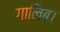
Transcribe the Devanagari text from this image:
गालिब।